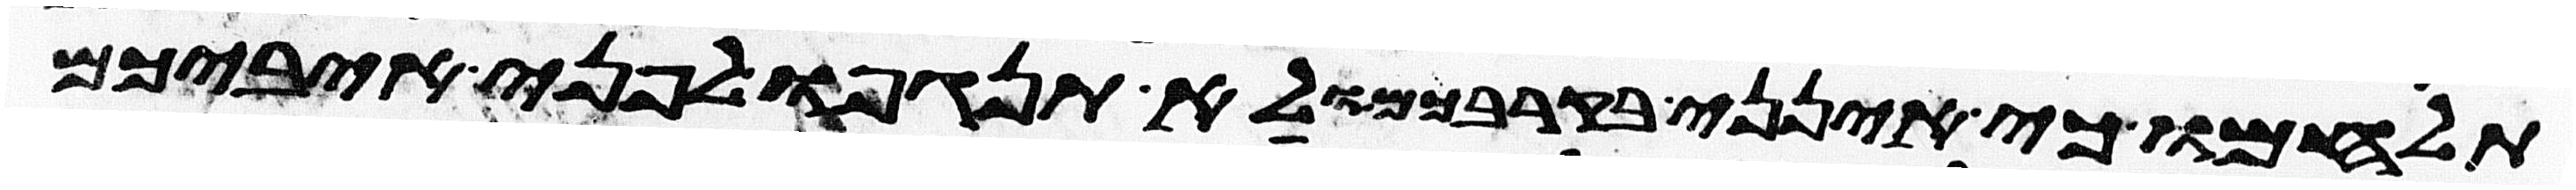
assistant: תלחמו כי אינני בקרבכם ולא תנגפו לפני איביכם